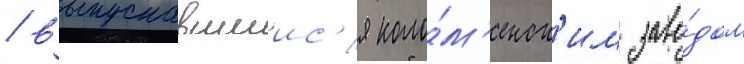
/ выпускавшиис'я коло́м'енск'им заво́дом